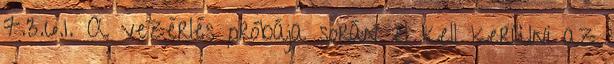
7.3.6.1. A vezérlés próbája során el kell kerülni az